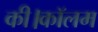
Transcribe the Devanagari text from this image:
की।कॉलम